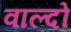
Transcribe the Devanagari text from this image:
वाल्दो